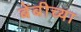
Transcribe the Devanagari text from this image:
बेंबीच्या